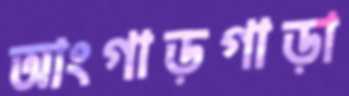
আংগাড়গাড়া